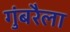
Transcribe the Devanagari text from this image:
गुंबरैला